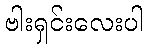
ဗါးရှင်းလေးပါ